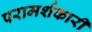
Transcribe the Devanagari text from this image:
परामर्शकारी